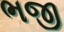
ભજી